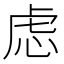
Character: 虑